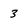
Character: 3